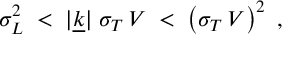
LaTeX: \sigma _ { L } ^ { 2 } \; < \; | \underline { { { k } } } | \; \sigma _ { T } \, V \; < \; \left( \sigma _ { T } \, V \right) ^ { 2 } ~ ,